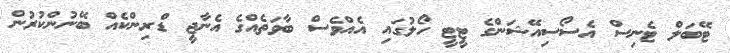
ޓޭބަލް ޓެނިސް އެސޯސިއޭޝަންގެ ޓީޓީ ހޯލުގައި އެއްވެސް ބާވަތެއްގެ އެނާޖީ ޑްރިންކެއް ބޭނުންކުރުން